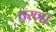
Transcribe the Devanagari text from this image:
वरण।